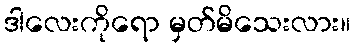
ဒါလေးကိုရော မှတ်မိသေးလား။